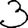
Digit: 3